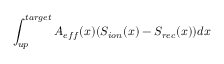
\int _ { u p } ^ { t a r g e t } A _ { e f f } ( x ) ( S _ { i o n } ( x ) - S _ { r e c } ( x ) ) d x